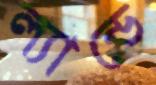
ল্যান্ডে